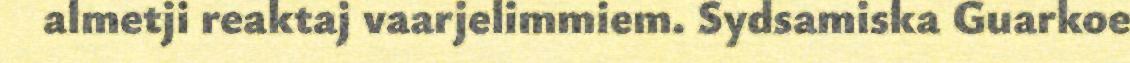
almetji reaktaj vaarjelimmiem. Sydsamiska Guarkoe